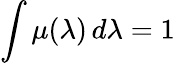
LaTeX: \int\mu(\lambda)\, d\lambda=1